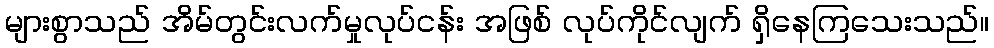
များစွာသည် အိမ်တွင်းလက်မှုလုပ်ငန်း အဖြစ် လုပ်ကိုင်လျက် ရှိနေကြသေးသည်။